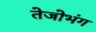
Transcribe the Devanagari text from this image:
तेजोभंग